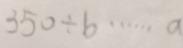
3 5 0 \div b \cdots a